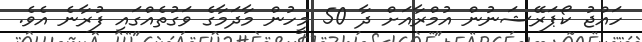
ހައްޖު ކޯޕަރޭޝަނުން އުމްރާއަށް ދާ 50 މީހުން މާދަމާގެ ވަގުތެއްގައި ފުރާނެ އެވެ.